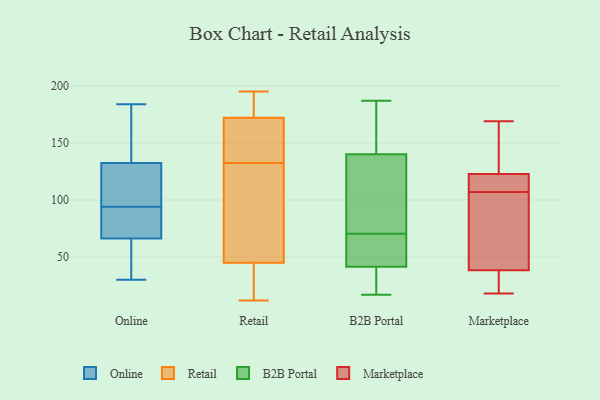
{"axis": {"x": "Tickets Resolved", "y": "Value"}, "legend": ["B2B Portal", "Marketplace", "Online", "Retail"], "data": [{"x": "", "y": 30, "type": "Online"}, {"x": "", "y": 164, "type": "Online"}, {"x": "", "y": 107, "type": "Online"}, {"x": "", "y": 94, "type": "Online"}, {"x": "", "y": 141, "type": "Online"}, {"x": "", "y": 59, "type": "Online"}, {"x": "", "y": 41, "type": "Online"}, {"x": "", "y": 101, "type": "Online"}, {"x": "", "y": 184, "type": "Online"}, {"x": "", "y": 88, "type": "Online"}, {"x": "", "y": 89, "type": "Online"}, {"x": "", "y": 34, "type": "Retail"}, {"x": "", "y": 172, "type": "Retail"}, {"x": "", "y": 45, "type": "Retail"}, {"x": "", "y": 195, "type": "Retail"}, {"x": "", "y": 12, "type": "Retail"}, {"x": "", "y": 189, "type": "Retail"}, {"x": "", "y": 157, "type": "Retail"}, {"x": "", "y": 101, "type": "Retail"}, {"x": "", "y": 113, "type": "Retail"}, {"x": "", "y": 152, "type": "Retail"}, {"x": "", "y": 132, "type": "B2B Portal"}, {"x": "", "y": 48, "type": "B2B Portal"}, {"x": "", "y": 42, "type": "B2B Portal"}, {"x": "", "y": 83, "type": "B2B Portal"}, {"x": "", "y": 47, "type": "B2B Portal"}, {"x": "", "y": 20, "type": "B2B Portal"}, {"x": "", "y": 121, "type": "B2B Portal"}, {"x": "", "y": 111, "type": "B2B Portal"}, {"x": "", "y": 187, "type": "B2B Portal"}, {"x": "", "y": 28, "type": "B2B Portal"}, {"x": "", "y": 166, "type": "B2B Portal"}, {"x": "", "y": 148, "type": "B2B Portal"}, {"x": "", "y": 50, "type": "B2B Portal"}, {"x": "", "y": 17, "type": "B2B Portal"}, {"x": "", "y": 120, "type": "B2B Portal"}, {"x": "", "y": 154, "type": "B2B Portal"}, {"x": "", "y": 175, "type": "B2B Portal"}, {"x": "", "y": 41, "type": "B2B Portal"}, {"x": "", "y": 58, "type": "B2B Portal"}, {"x": "", "y": 26, "type": "B2B Portal"}, {"x": "", "y": 169, "type": "Marketplace"}, {"x": "", "y": 108, "type": "Marketplace"}, {"x": "", "y": 140, "type": "Marketplace"}, {"x": "", "y": 37, "type": "Marketplace"}, {"x": "", "y": 115, "type": "Marketplace"}, {"x": "", "y": 117, "type": "Marketplace"}, {"x": "", "y": 18, "type": "Marketplace"}, {"x": "", "y": 107, "type": "Marketplace"}, {"x": "", "y": 169, "type": "Marketplace"}, {"x": "", "y": 39, "type": "Marketplace"}, {"x": "", "y": 40, "type": "Marketplace"}, {"x": "", "y": 53, "type": "Marketplace"}, {"x": "", "y": 24, "type": "Marketplace"}]}